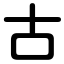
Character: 古